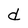
Character: d